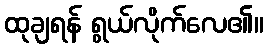
ထုချရန် ရွယ်လိုက်လေ၏။